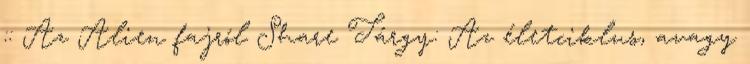
:: Az Alien fajról Share Tárgy: Az életciklus, avagy